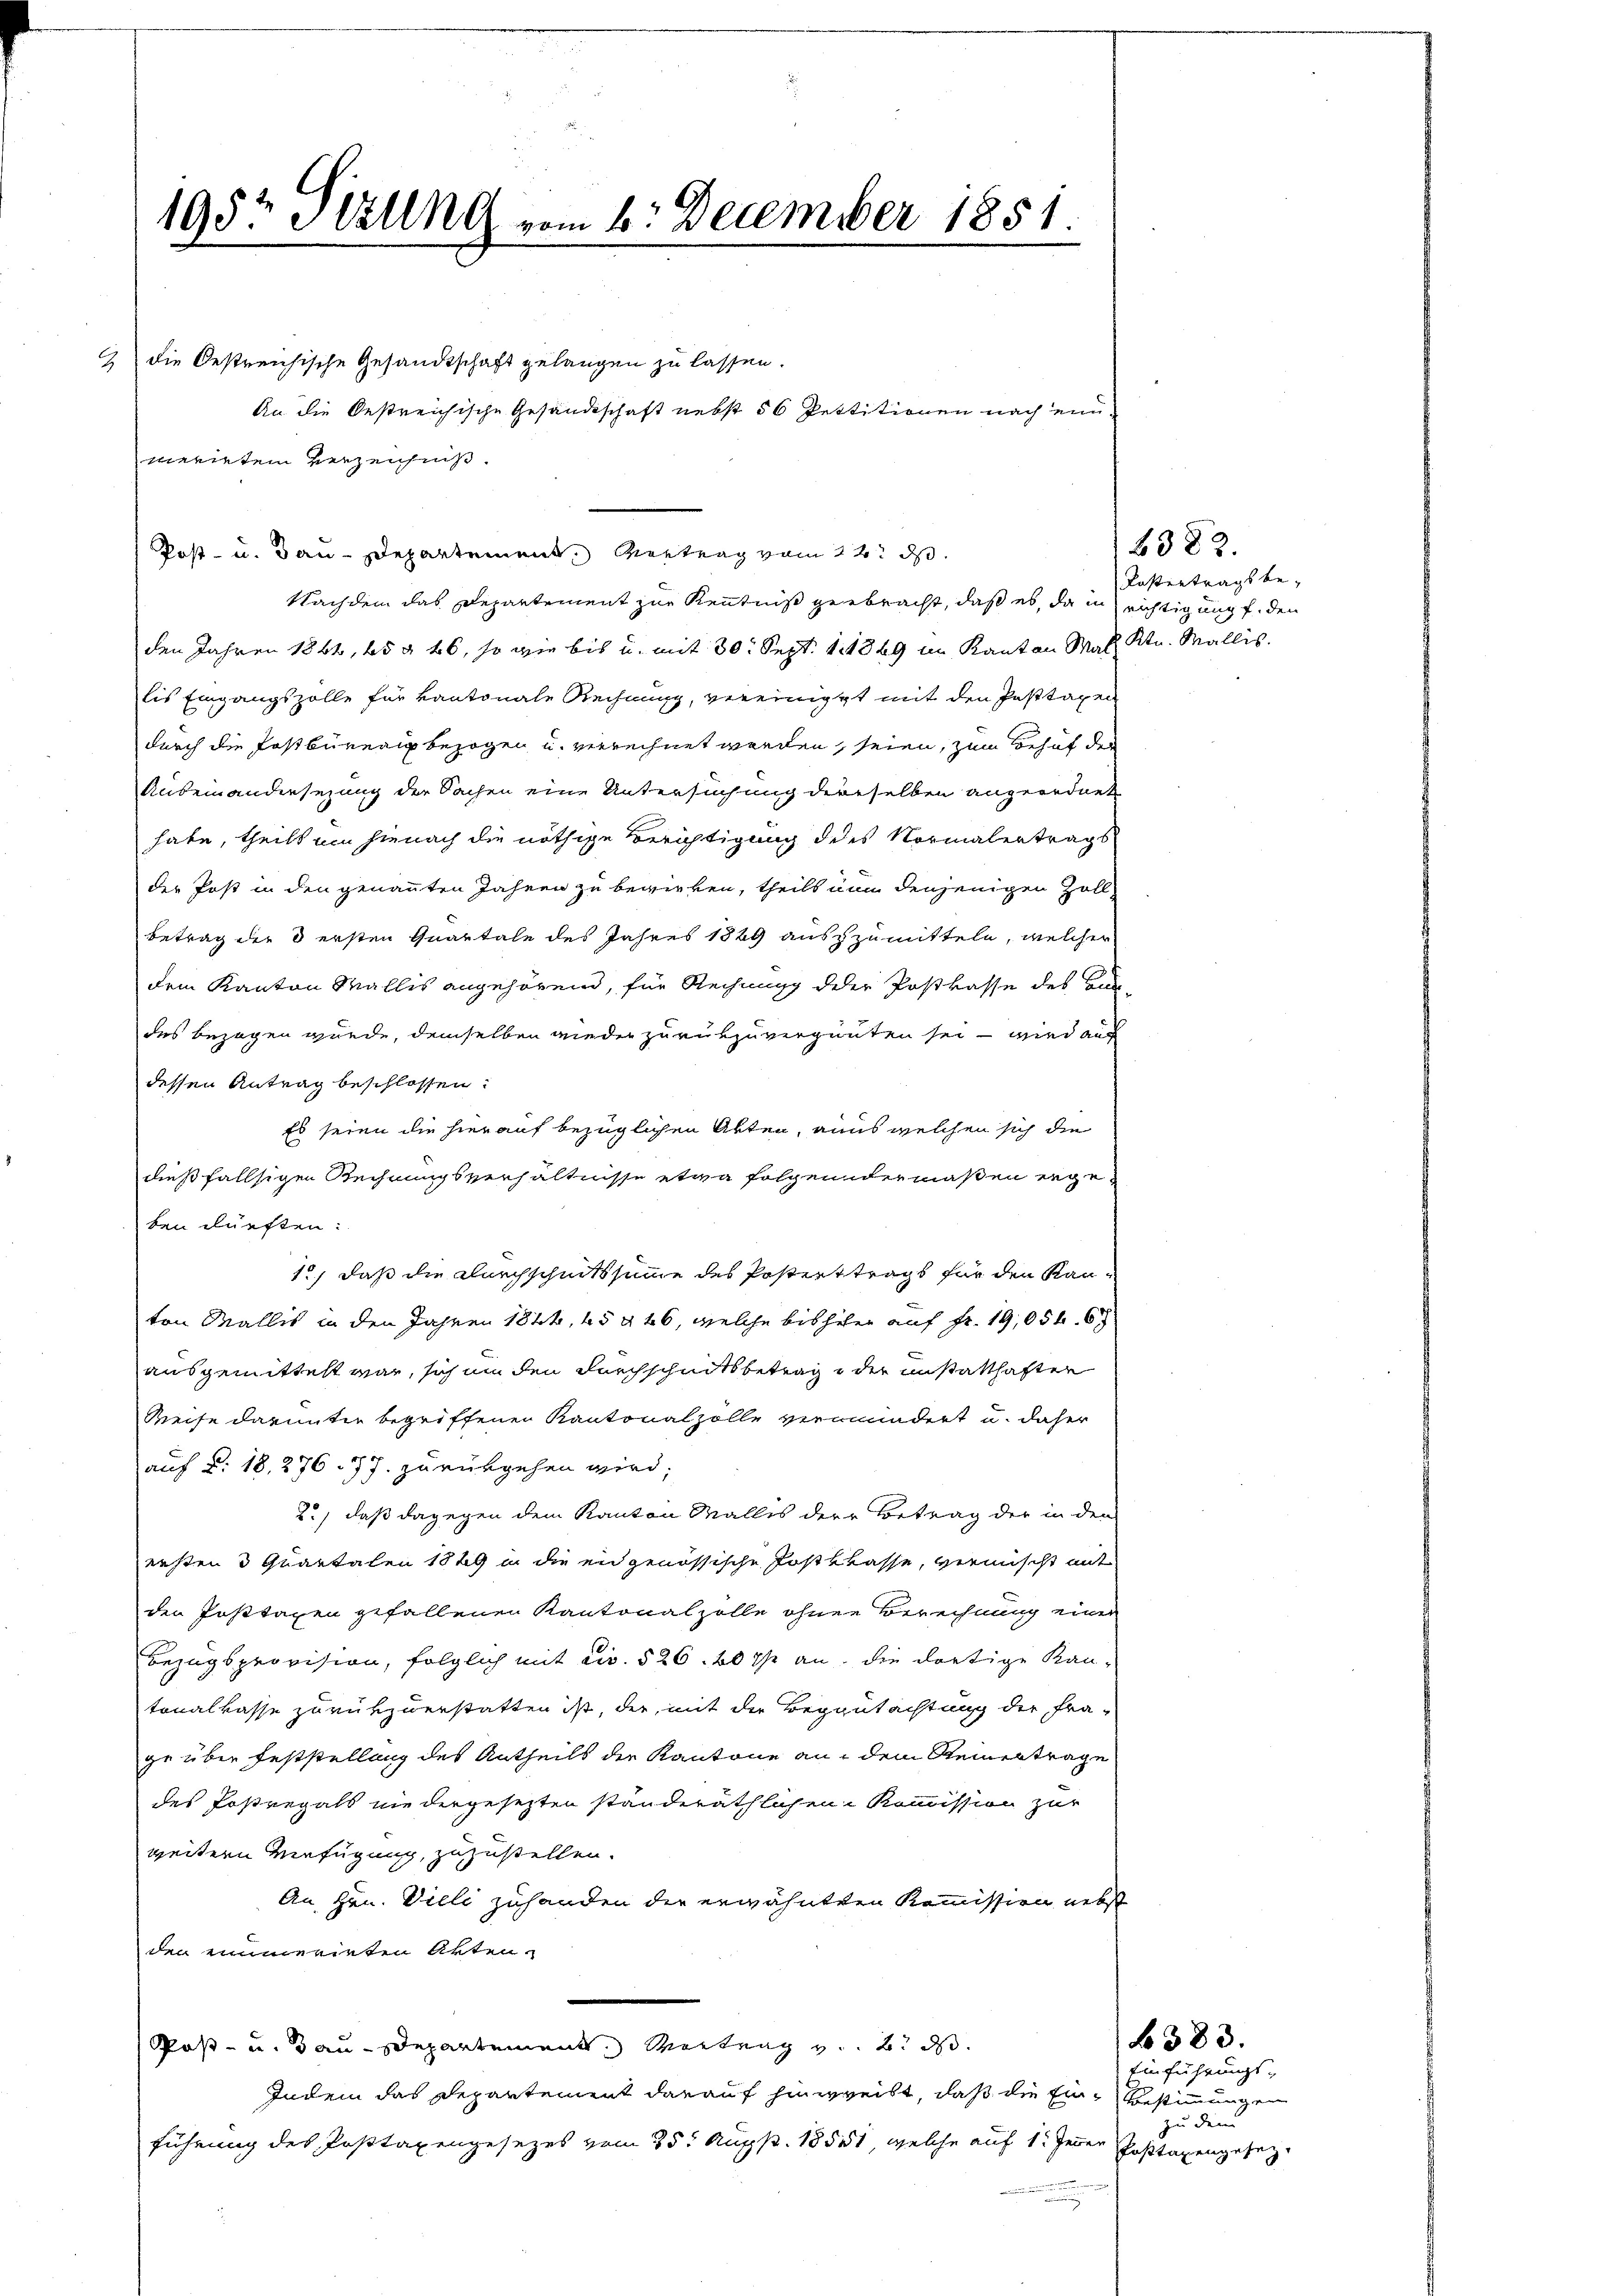
1957 Szung vom 6. December 1851.

2 die Oestreichische Gesandtschaft gelangen zu lassen.
Nachdem das Departement zur Kenntniß gebracht, daß es, da in richtigung f. den
den Jahren 1864, 65 § 46, so wie bis u. mit 30. Sept. 1849 im Kanton Mal Ktn. Wallis.
lis Eingangszolle für kantonale Rechnung, vereinigt mit den Pasttaxen
durch die Postbüreaux bezogen u. verrechnet worden, seien, zum Behuf der
Anbeinandersezung der Sachen eine Untersuchung derselben angeordnet
habe, theilt um hienach die nöthige Berichtigung des Normalertrags
der Post in den genannten Jahren zu bewirken, theils nun denjenigen Zollbetrag der 3 ersten Quartale des Jahres 1849 auszzumitteln, welcher
dem Kanton Mallis angehörend, für Rechnung deser Postkasse des Bun-
des bezogen wurde, demselben wieder zurükzuverganten sei – wird auch
dessen Antrag beschlossen:
Es seien die hierauf bezüglichen Akten, aus welchen sich die
dießfallsigen Rechnungsverhältnisse etwa folgendermaßen erge
ben dürften:
12, daß die durchscheitssumme des Posterttrags für den Kanton Mallis in den Jahren 1844, 65 § 46, welche bishier auf Fr. 19,054. 6
ausgemittest war, sich an den durchscheitsbetrag der instatthafter
Reise darunter begriffenen Kantonalzolle vermindert u. daher
auf §. 18, 276. 77. zurükgehen wird;
2., daß dagegen dem Kanton Malles dere Betrag der in den
ersten 3 Quartalen 1849 in die eidgenössische Postklasse, vermischt mit
den Posttaxen gefallenen Kantonalzolle ohnen Berechnung einer
Bezugsprovision, folglich mit civ. 526. 20 % an, die dortige Kan-
tonalkasse zurükzuerstatten ist, der, mit die Begutachtung der Fra-
ge über feststellung des Antheils der Kantone an dem Steinertrage
des Postregals nie dergesezten standeräthlichen Kommission zur
weitern Verfügung, zuzustellen.
An Hrn. Vieli zuhanden der erwähntern Kommission nebst
den numerirten Akten.
Post- u. Bau-Departement Martung z. B. d
Indem das Departement darauf hinweibt, daß die Ein Bestimmungen
führung des Posttaxengesezes vom 25t Aug. 18551, welche auf 1. Jenner

merieten Verzeichnis.
Post- u. Bau-Departement, Vertrag vom 12. ds.

An die Oestreichische Gesandtschaft nebst 56 Pettitionen nach ein¬

382.
Kostertrags be¬

383.
Einführungszu dem
Posttaxengesez